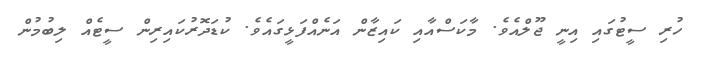
ހުރި ސީޓުގައި އިނީ ޖޫލްއެވެ. މާކަސްއާއި ކައިޒާން އަނެއްފަޅީގައެވެ. ކުޑަދޮރުކައިރިން ސީޓެއް ލިބުމުން